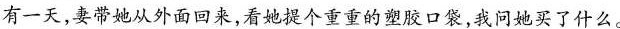
有一天,妻带她从外面回来，看她提个重重的塑胶口袋，我问她买了什么。